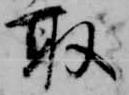
取